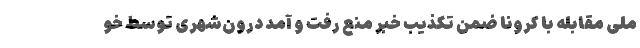
ملی مقابله با کرونا ضمن تکذیب خبر منع رفت و آمد درون‌شهری توسط خو